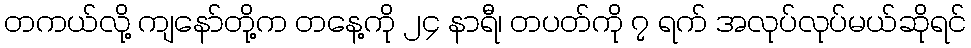
တကယ်လို့ ကျနော်တို့က တနေ့ကို ၂၄ နာရီ၊ တပတ်ကို ၇ ရက် အလုပ်လုပ်မယ်ဆိုရင်